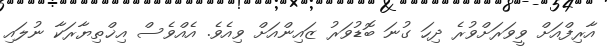
އާރިފްއަށް ވީވަރަށްވުރެ ދިހަ ގުނަ ބޮޑުވަރު ޒައިންއަށް ވިއެވެ. އެއްވެސް އިޚްތިޔާރަކާ ނުލައި